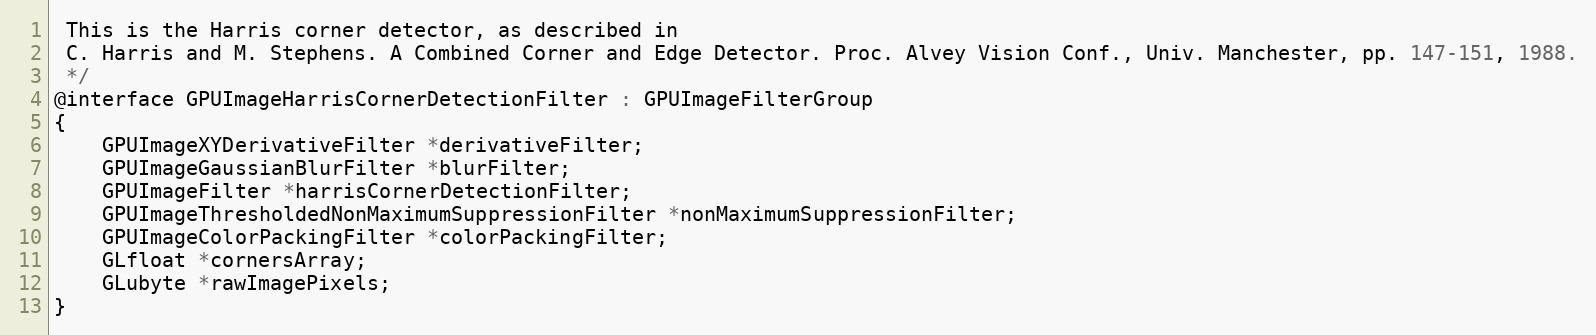
Language: C
 This is the Harris corner detector, as described in
 C. Harris and M. Stephens. A Combined Corner and Edge Detector. Proc. Alvey Vision Conf., Univ. Manchester, pp. 147-151, 1988.
 */
@interface GPUImageHarrisCornerDetectionFilter : GPUImageFilterGroup
{
    GPUImageXYDerivativeFilter *derivativeFilter;
    GPUImageGaussianBlurFilter *blurFilter;
    GPUImageFilter *harrisCornerDetectionFilter;
    GPUImageThresholdedNonMaximumSuppressionFilter *nonMaximumSuppressionFilter;
    GPUImageColorPackingFilter *colorPackingFilter;
    GLfloat *cornersArray;
    GLubyte *rawImagePixels;
}